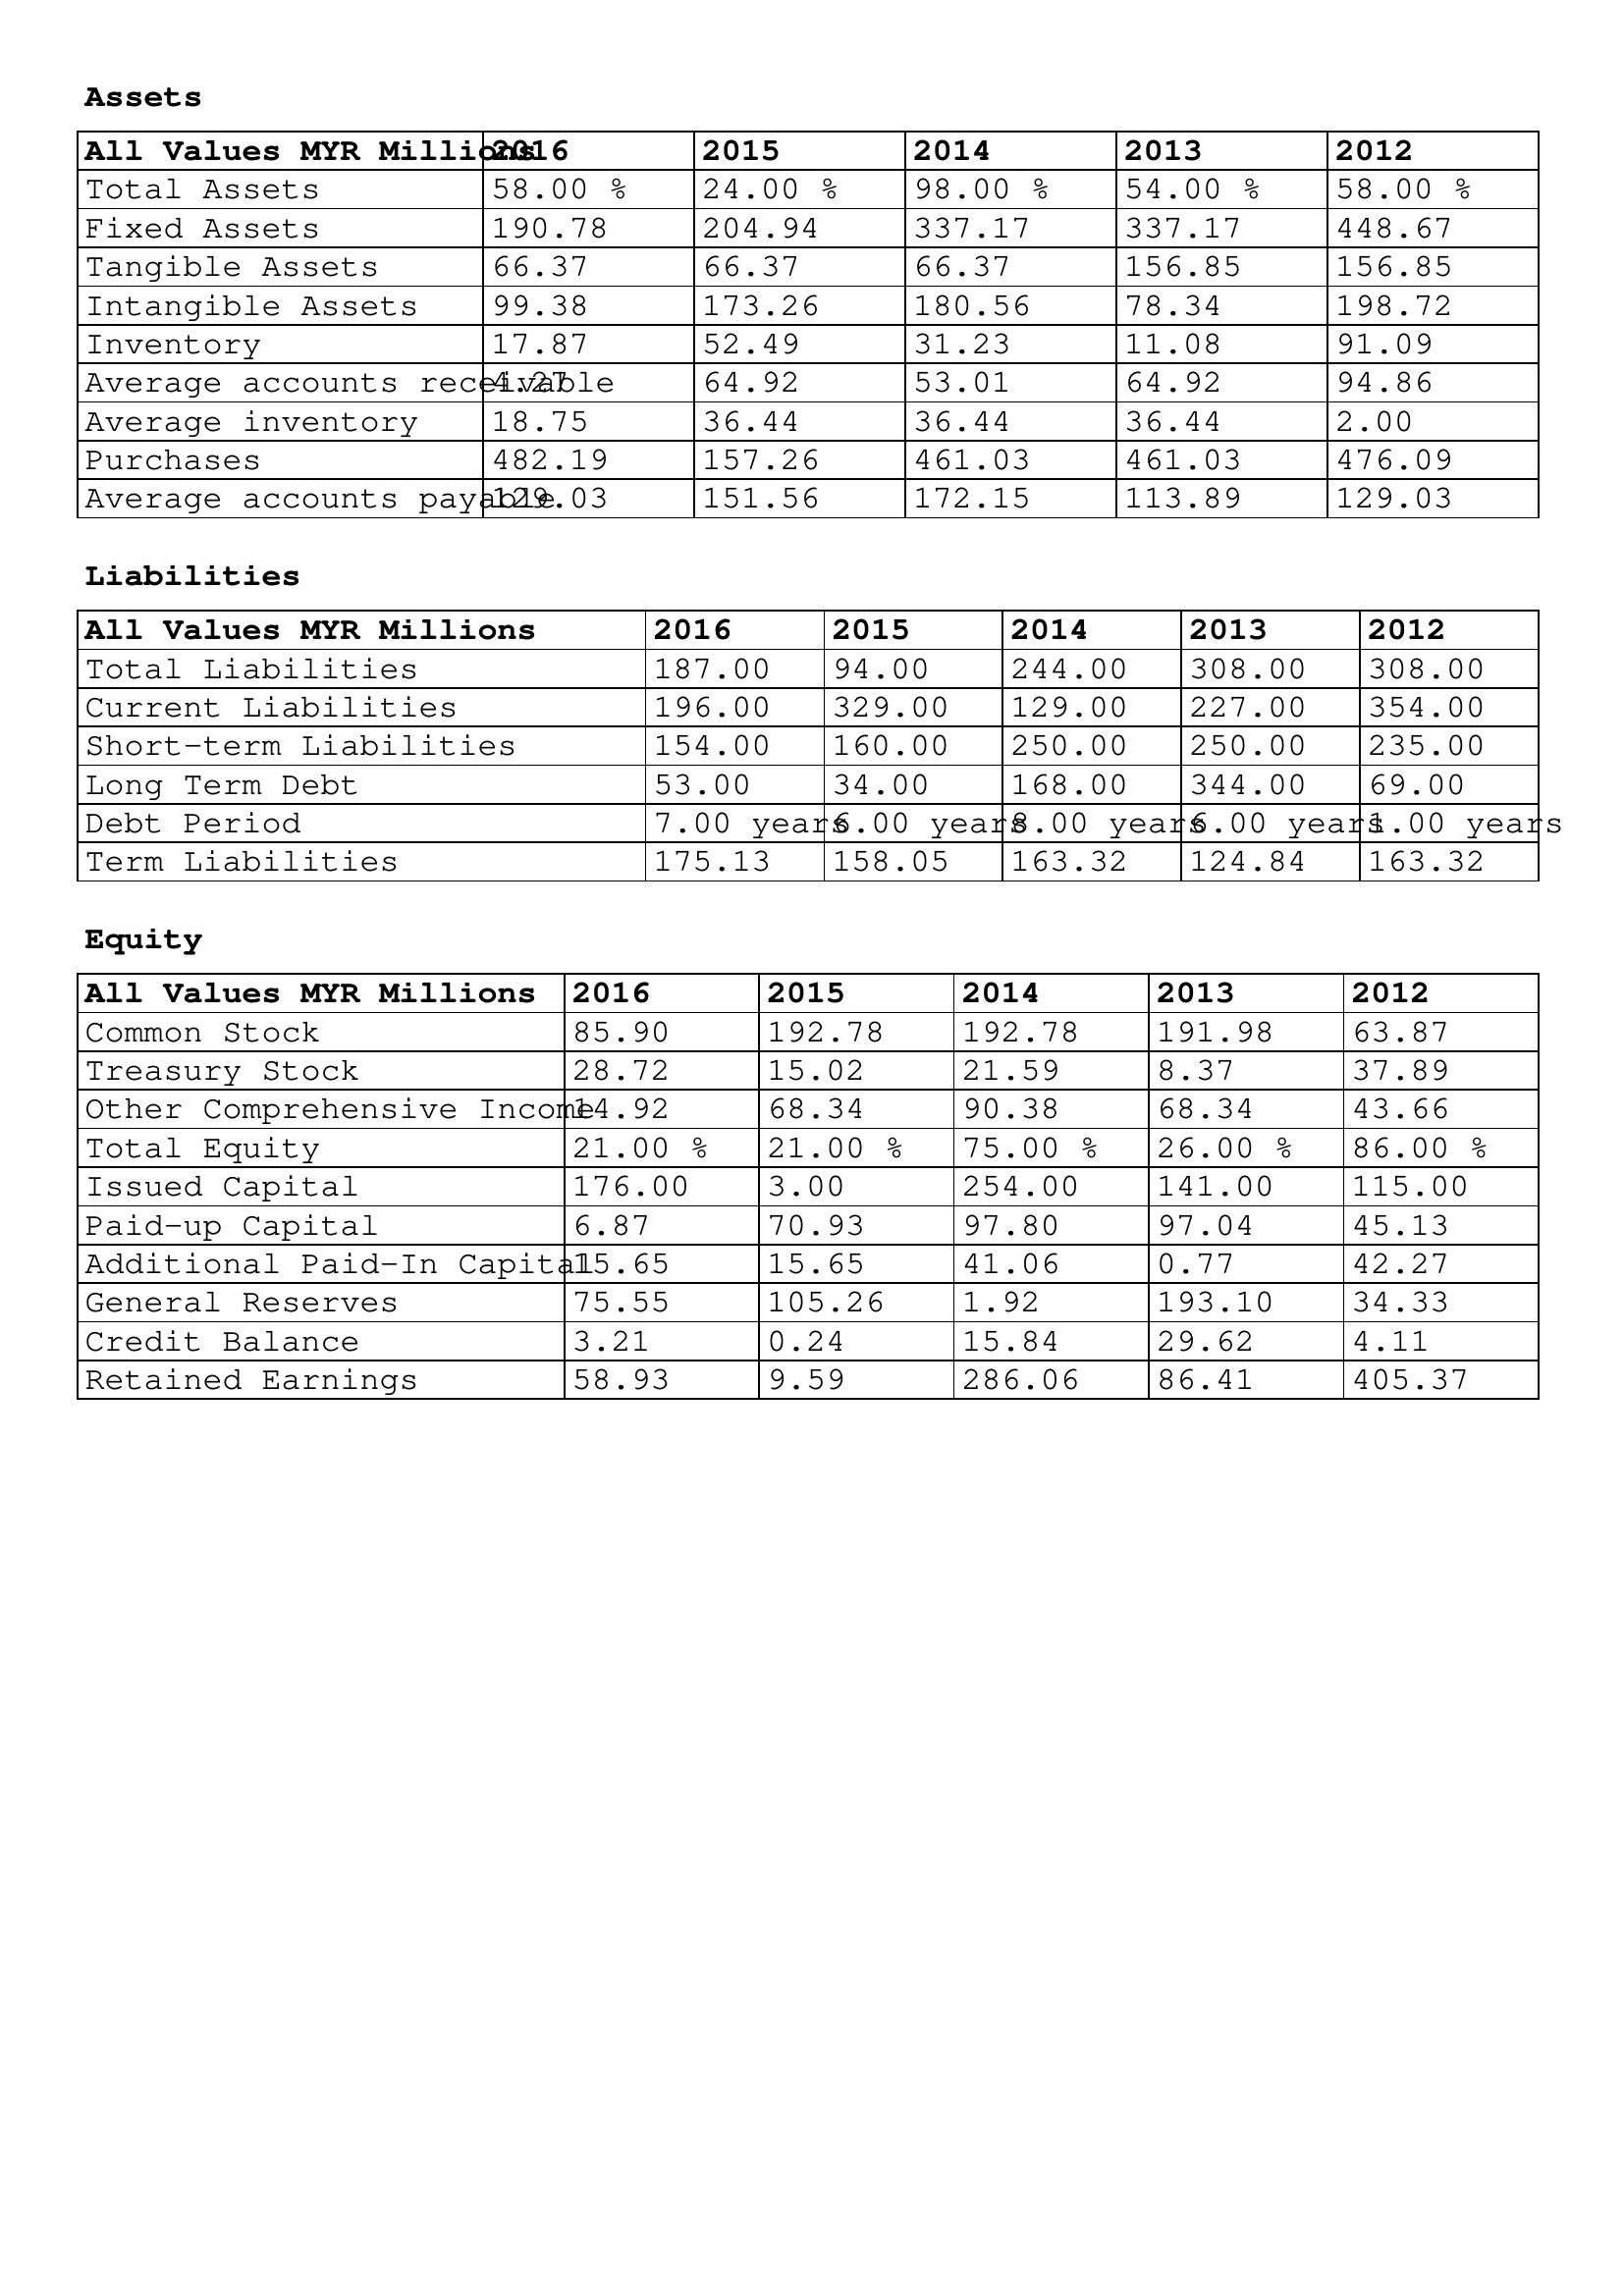
gt_parse: 2016: Assets: Total Assets: 58.00 %
Fixed Assets: 190.78
Tangible Assets: 66.37
Intangible Assets: 99.38
Inventory: 17.87
Average accounts receivable: 4.27
Average inventory: 18.75
Purchases: 482.19
Average accounts payable: 129.03
Liabilities: Total Liabilities: 187.00
Current Liabilities: 196.00
Short-term Liabilities: 154.00
Long Term Debt: 53.00
Debt Period: 7.00 years
Term Liabilities: 175.13
Equity: Common Stock: 85.90
Treasury Stock: 28.72
Other Comprehensive Income: 14.92
Total Equity: 21.00 %
Issued Capital: 176.00
Paid-up Capital: 6.87
Additional Paid-In Capital: 15.65
General Reserves: 75.55
Credit Balance: 3.21
Retained Earnings: 58.93
2015: Assets: Total Assets: 24.00 %
Fixed Assets: 204.94
Tangible Assets: 66.37
Intangible Assets: 173.26
Inventory: 52.49
Average accounts receivable: 64.92
Average inventory: 36.44
Purchases: 157.26
Average accounts payable: 151.56
Liabilities: Total Liabilities: 94.00
Current Liabilities: 329.00
Short-term Liabilities: 160.00
Long Term Debt: 34.00
Debt Period: 6.00 years
Term Liabilities: 158.05
Equity: Common Stock: 192.78
Treasury Stock: 15.02
Other Comprehensive Income: 68.34
Total Equity: 21.00 %
Issued Capital: 3.00
Paid-up Capital: 70.93
Additional Paid-In Capital: 15.65
General Reserves: 105.26
Credit Balance: 0.24
Retained Earnings: 9.59
2014: Assets: Total Assets: 98.00 %
Fixed Assets: 337.17
Tangible Assets: 66.37
Intangible Assets: 180.56
Inventory: 31.23
Average accounts receivable: 53.01
Average inventory: 36.44
Purchases: 461.03
Average accounts payable: 172.15
Liabilities: Total Liabilities: 244.00
Current Liabilities: 129.00
Short-term Liabilities: 250.00
Long Term Debt: 168.00
Debt Period: 8.00 years
Term Liabilities: 163.32
Equity: Common Stock: 192.78
Treasury Stock: 21.59
Other Comprehensive Income: 90.38
Total Equity: 75.00 %
Issued Capital: 254.00
Paid-up Capital: 97.80
Additional Paid-In Capital: 41.06
General Reserves: 1.92
Credit Balance: 15.84
Retained Earnings: 286.06
2013: Assets: Total Assets: 54.00 %
Fixed Assets: 337.17
Tangible Assets: 156.85
Intangible Assets: 78.34
Inventory: 11.08
Average accounts receivable: 64.92
Average inventory: 36.44
Purchases: 461.03
Average accounts payable: 113.89
Liabilities: Total Liabilities: 308.00
Current Liabilities: 227.00
Short-term Liabilities: 250.00
Long Term Debt: 344.00
Debt Period: 6.00 years
Term Liabilities: 124.84
Equity: Common Stock: 191.98
Treasury Stock: 8.37
Other Comprehensive Income: 68.34
Total Equity: 26.00 %
Issued Capital: 141.00
Paid-up Capital: 97.04
Additional Paid-In Capital: 0.77
General Reserves: 193.10
Credit Balance: 29.62
Retained Earnings: 86.41
2012: Assets: Total Assets: 58.00 %
Fixed Assets: 448.67
Tangible Assets: 156.85
Intangible Assets: 198.72
Inventory: 91.09
Average accounts receivable: 94.86
Average inventory: 2.00
Purchases: 476.09
Average accounts payable: 129.03
Liabilities: Total Liabilities: 308.00
Current Liabilities: 354.00
Short-term Liabilities: 235.00
Long Term Debt: 69.00
Debt Period: 1.00 years
Term Liabilities: 163.32
Equity: Common Stock: 63.87
Treasury Stock: 37.89
Other Comprehensive Income: 43.66
Total Equity: 86.00 %
Issued Capital: 115.00
Paid-up Capital: 45.13
Additional Paid-In Capital: 42.27
General Reserves: 34.33
Credit Balance: 4.11
Retained Earnings: 405.37